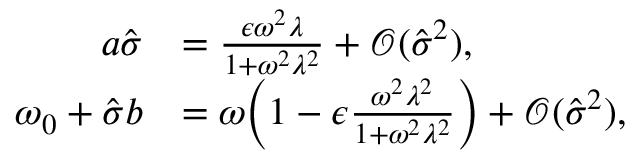
\begin{array} { r l } { a \hat { \sigma } } & { = \frac { \epsilon \omega ^ { 2 } \lambda } { 1 + \omega ^ { 2 } \lambda ^ { 2 } } + \mathcal { O } ( \hat { \sigma } ^ { 2 } ) , } \\ { \omega _ { 0 } + \hat { \sigma } b } & { = \omega \bigg ( 1 - \epsilon \frac { \omega ^ { 2 } \lambda ^ { 2 } } { 1 + \omega ^ { 2 } \lambda ^ { 2 } } \bigg ) + \mathcal { O } ( \hat { \sigma } ^ { 2 } ) , } \end{array}